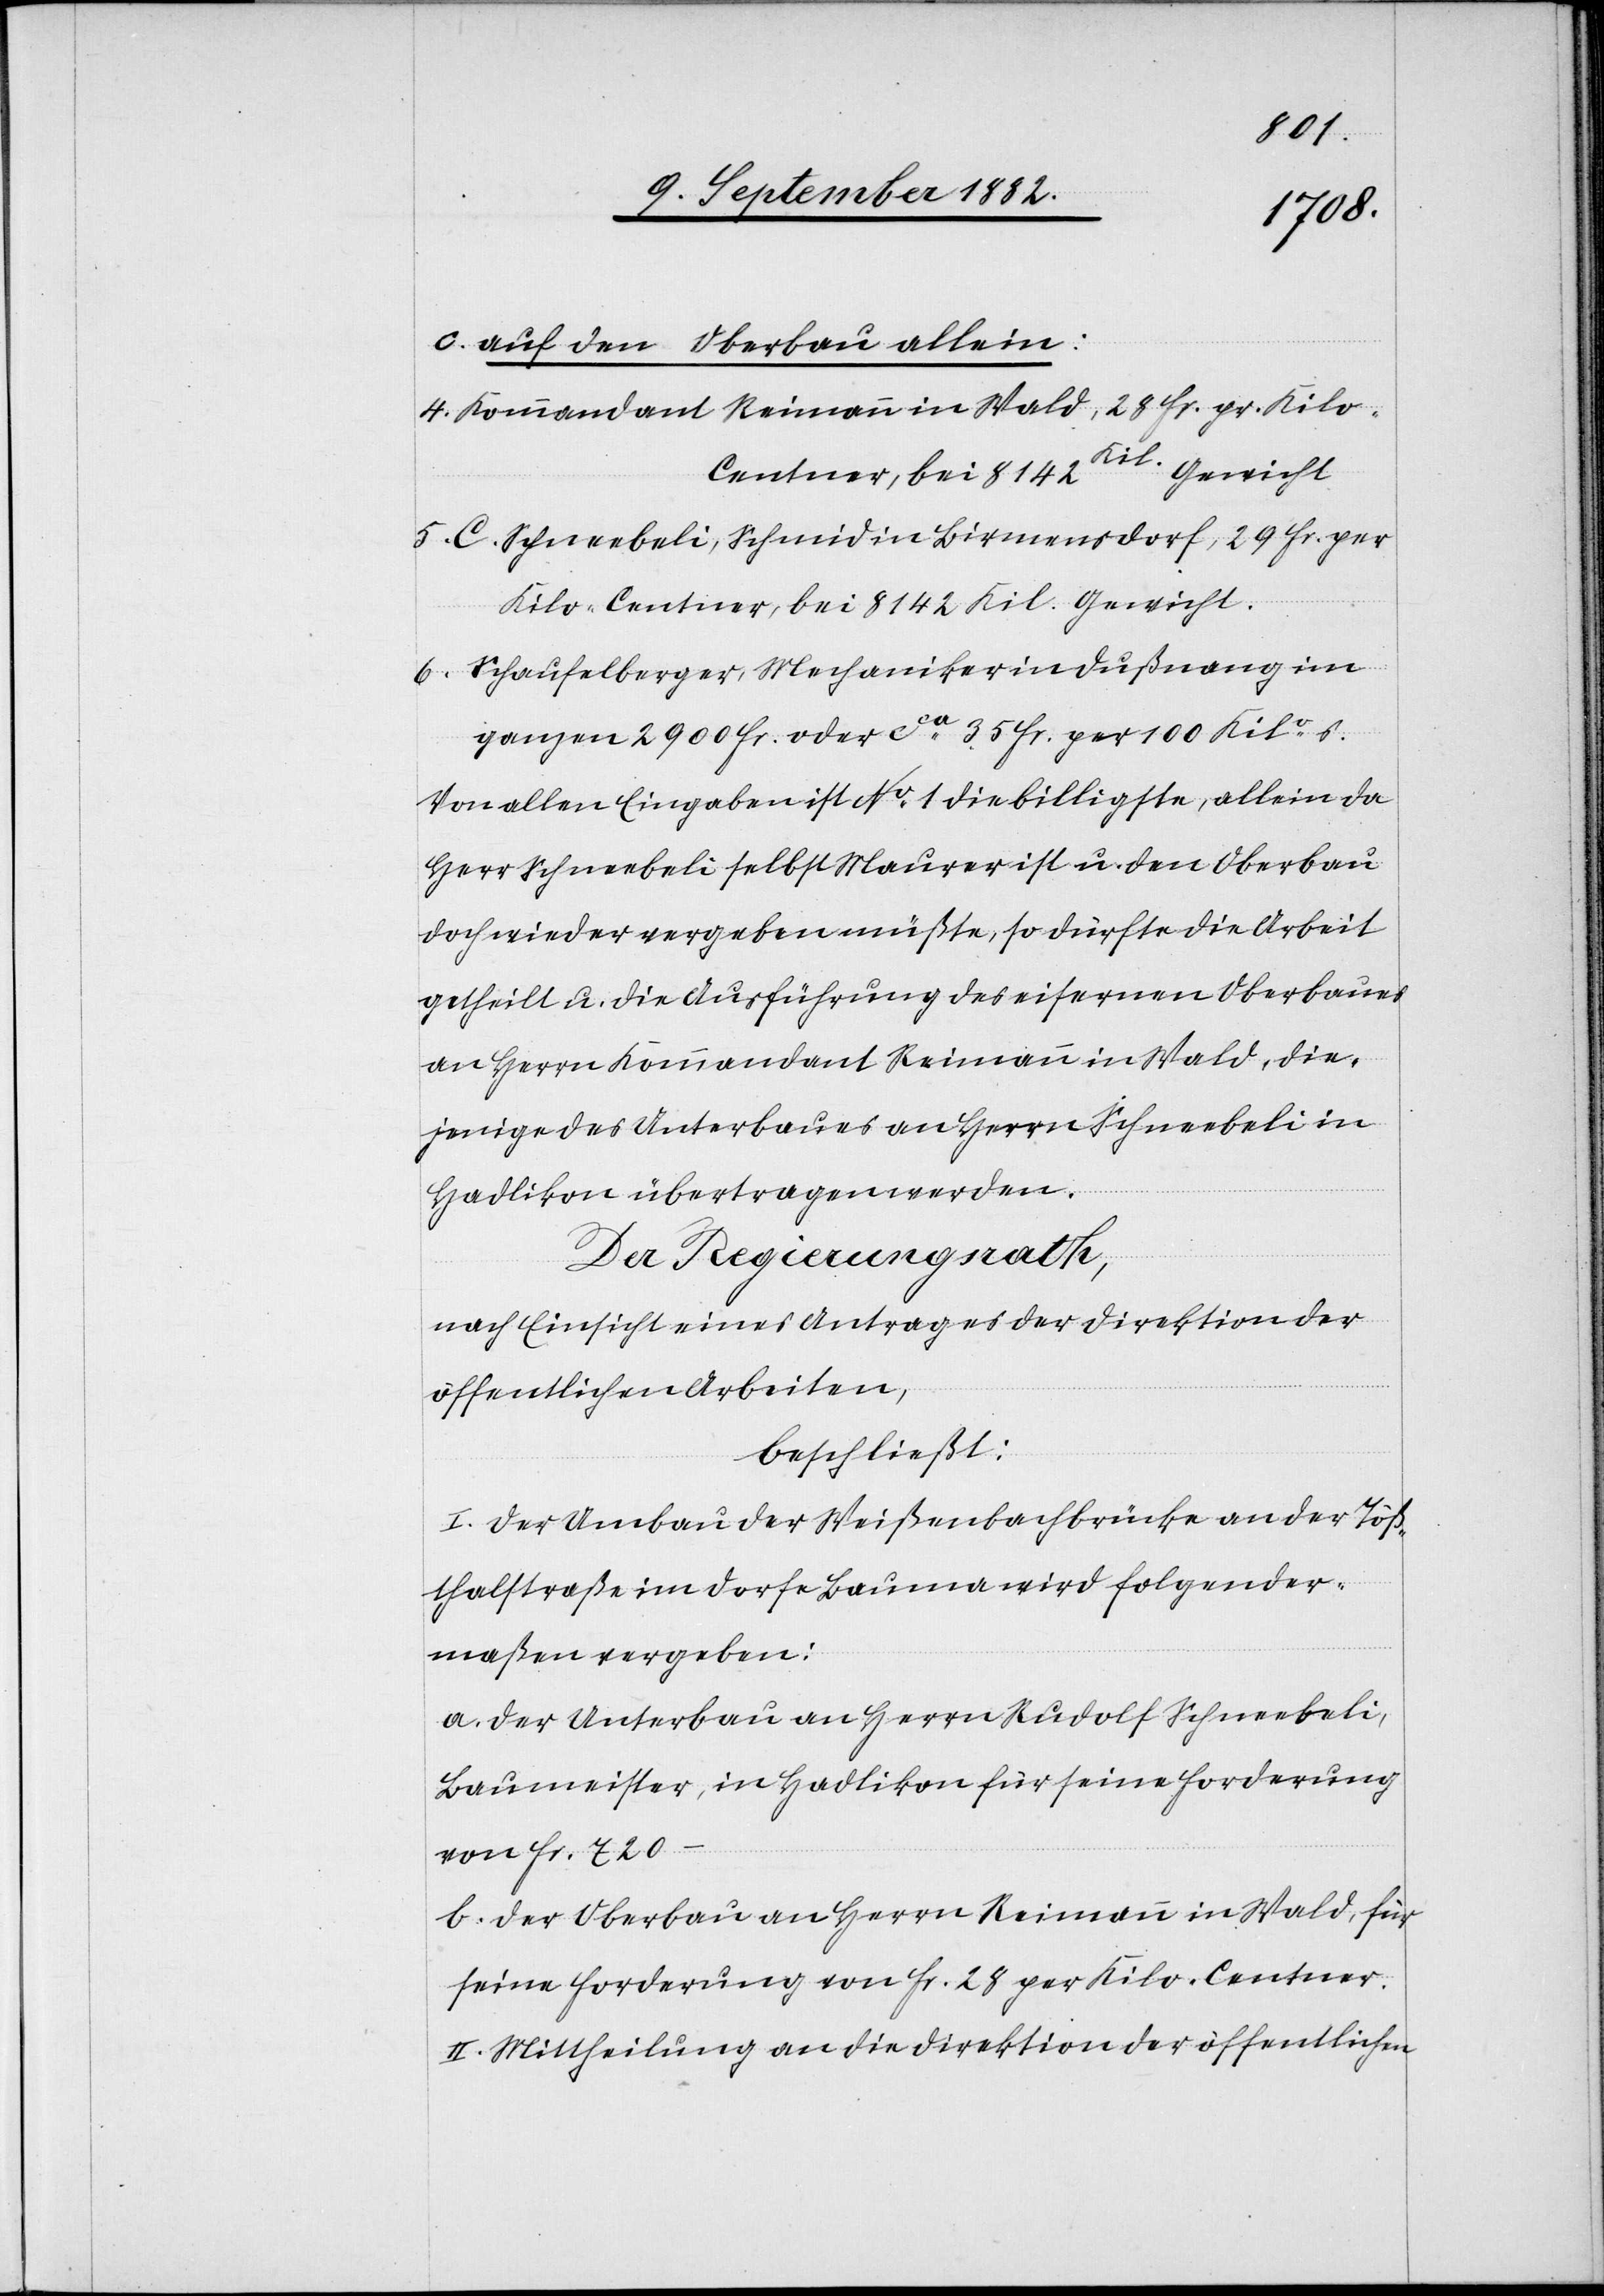
c. auf den Oberbau allein:
4. Kommandant Reimann in Wald, 28 Fr. pr. Ki¬
5. C. Schneebeli, Schmid in Birmensdorf, 29 Fr. per
Kilo-Centner, bei 8142 Kil. Gewicht.
6. Schaufelberger, Mechaniker in Dußnang im
ganzen 2900 Fr. oder ca 35 Fr. per 100 Kilos.
Von allen Eingaben ist No 1 die billigste, allein da
Herr Schneebeli selbst Maurer ist u. den Oberbau
doch wieder vergeben müßte, so dürfte die Arbeit
getheilt u. die Ausführung des eisernen Oberbaues
an Herrn Kommandant Reimann in Wald, die¬
jenige des Unterbaues an Herrn Schneebeli in
Hadlikon übertragen werden.
Der Regierungsrath,
nach Einsicht eines Antrages der Direktion der
öffentlichen Arbeiten,
beschließt:
I. Der Umbau der Weißenbachbrücke an der Töß¬
thalstraße im Dorfe Bauma wird folgender¬
maßen vergeben:
a. Der Unterbau an Herrn Rudolf Schneebeli,
Baumeister, in Hadlikon, für seine Forderung
von Fr. 720.–
b. Der Oberbau an Herrn Reimann in Wald, für
seine Forderung von Fr. 28 per Kilo-Centner.
II. Mittheilung an die Direktion der öffentlichen